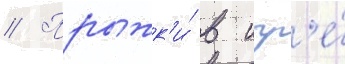
// Прыжк'и́ в игр'е́